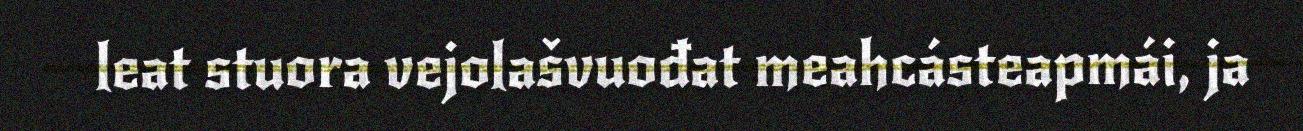
leat stuora vejolašvuođat meahcásteapmái, ja